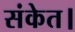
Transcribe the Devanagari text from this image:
संकेत।